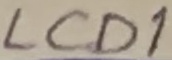
Text: LCD1